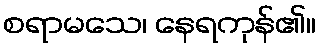
စရာမသေ၊ နေရကုန်၏။